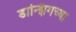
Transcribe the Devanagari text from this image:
डान्झिगच्या